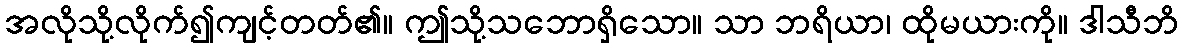
အလိုသို့လိုက်၍ကျင့်တတ်၏။ ဤသို့သဘောရှိသော။ သာ ဘရိယာ၊ ထိုမယားကို။ ဒါသီဘိ